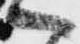
へ